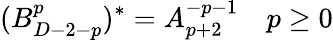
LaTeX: (B_{D-2-p}^{p})^{*}=A_{p+2}^{-p-1}\quad p\ge 0